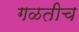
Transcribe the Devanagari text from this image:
गळतीच